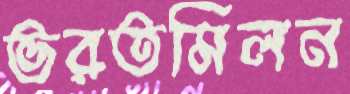
ভরতমিলন